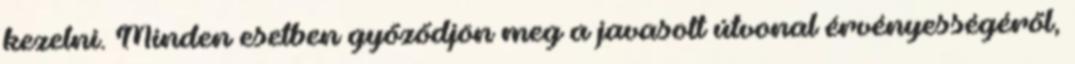
kezelni. Minden esetben győződjön meg a javasolt útvonal érvényességéről,